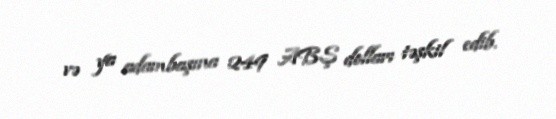
və ya adambaşına 249 ABŞ dolları təşkil edib.